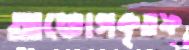
অভোগকৃতফ